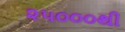
૨૫૦૦૦થી